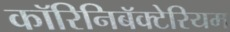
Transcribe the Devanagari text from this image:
कॉरिनिबॅक्टेरियम